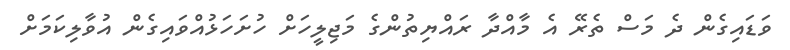
ވަޑައިގެން ދެ މަސް ތެރޭ އެ މާއްދާ ރައްޔިތުންގެ މަޖިލީހަށް ހުށަހަޅުއްވައިގެން އުވާލިކަމަށް